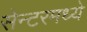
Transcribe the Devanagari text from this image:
सेन्टरमध्ये